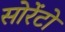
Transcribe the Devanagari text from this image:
सोरेंटो